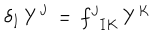
LaTeX: \delta _ { I } \, Y ^ { J } \, = \, f _ { \phantom { Y } I K } ^ { J } \, Y ^ { K }